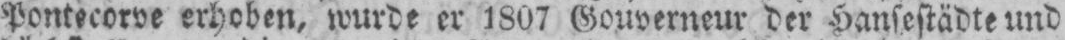
Pontecorve erhoben, wurde er 1807 Gouverneur der Hansestädte und